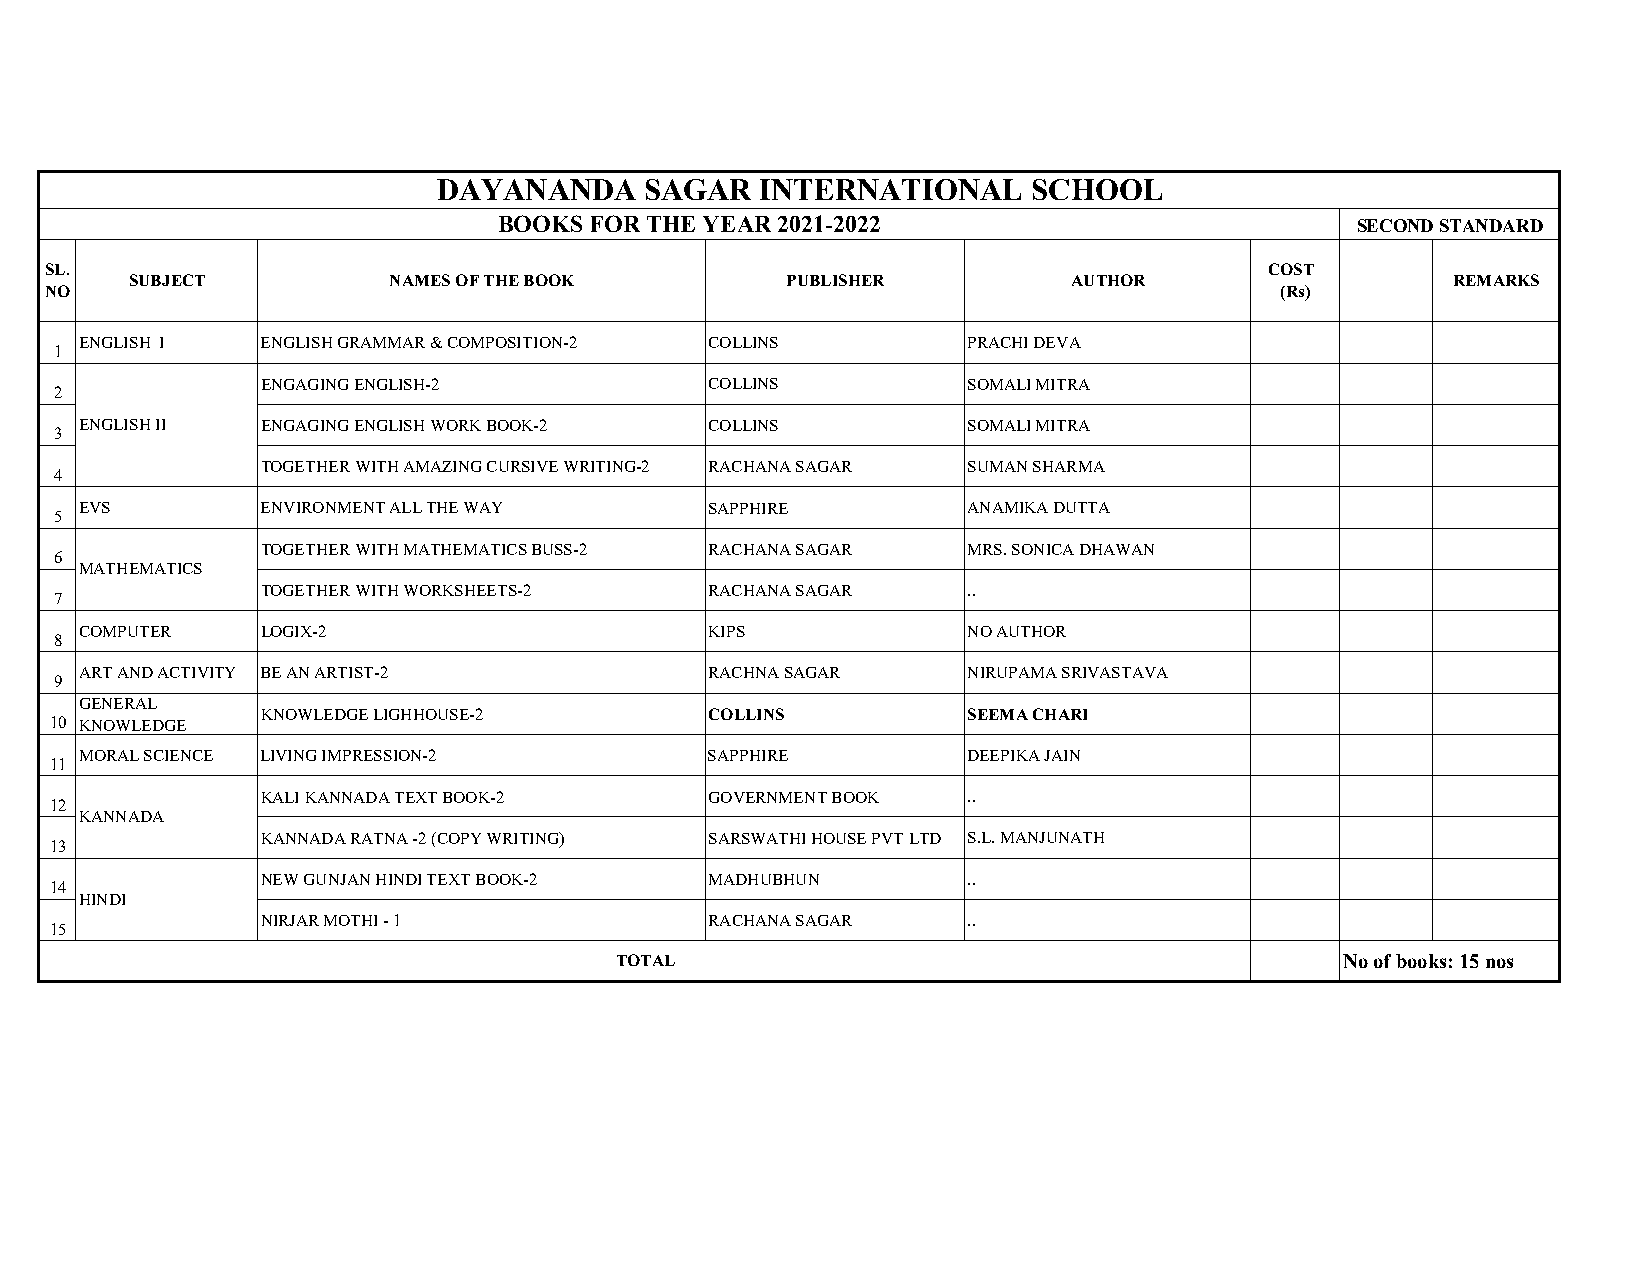
DAYANANDA     SAGAR  INTERNATIONAL     SCHOOL
 BOOKS FOR THE YEAR 2021-2022                             SECOND STANDARD
 SL.                                                                              COST
 SUBJECT          NAMES OF THE BOOK         PUBLISHER          AUTHOR                   REMARKS
 NO                                                                                (Rs)
 ENGLISH I   ENGLISH GRAMMAR & COMPOSITION-2 COLLINS        PRACHI DEVA
 1
 ENGAGING ENGLISH-2            COLLINS          SOMALI MITRA
 2
 ENGLISH II  ENGAGING ENGLISH WORK BOOK-2  COLLINS          SOMALI MITRA
 3
 TOGETHER WITH AMAZING CURSIVE WRITING-2 RACHANA SAGAR SUMAN SHARMA
 4
 EVS         ENVIRONMENT ALL THE WAY       SAPPHIRE         ANAMIKA DUTTA
 5
 TOGETHER WITH MATHEMATICS BUSS-2 RACHANA SAGAR MRS. SONICA DHAWAN
 6
 MATHEMATICS
 TOGETHER WITH WORKSHEETS-2    RACHANA SAGAR    ..
 7
 COMPUTER    LOGIX-2                       KIPS             NO AUTHOR
 8
 ART AND ACTIVITY BE AN ARTIST-2           RACHNA SAGAR     NIRUPAMA SRIVASTAVA
 9
 GENERAL
 KNOWLEDGE LIGHHOUSE-2         COLLINS          SEEMA CHARI
 10 KNOWLEDGE
 MORAL SCIENCE LIVING IMPRESSION-2         SAPPHIRE         DEEPIKA JAIN
 11
 KALI KANNADA TEXT BOOK-2      GOVERNMENT BOOK  ..
 12
 KANNADA
 KANNADA RATNA -2 (COPY WRITING) SARSWATHI HOUSE PVT LTD S.L. MANJUNATH
 13
 NEW GUNJAN HINDI TEXT BOOK-2  MADHUBHUN        ..
 14
 HINDI
 NIRJAR MOTHI - 1              RACHANA SAGAR    ..
 15
 TOTAL                                           No of books: 15 nos